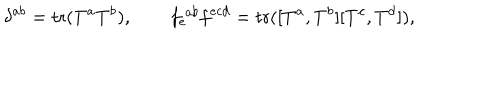
\delta ^ { a b } = \mathrm { t r } ( T ^ { a } T ^ { b } ) , \qquad f _ { e } ^ { \ a b } f ^ { e c d } = \mathrm { t r } ( [ T ^ { a } , T ^ { b } ] [ T ^ { c } , T ^ { d } ] ) ,